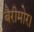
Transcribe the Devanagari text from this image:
बैरीमोर।